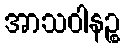
အာသဝါနဉ္စ